Leaving Certificate, 1900
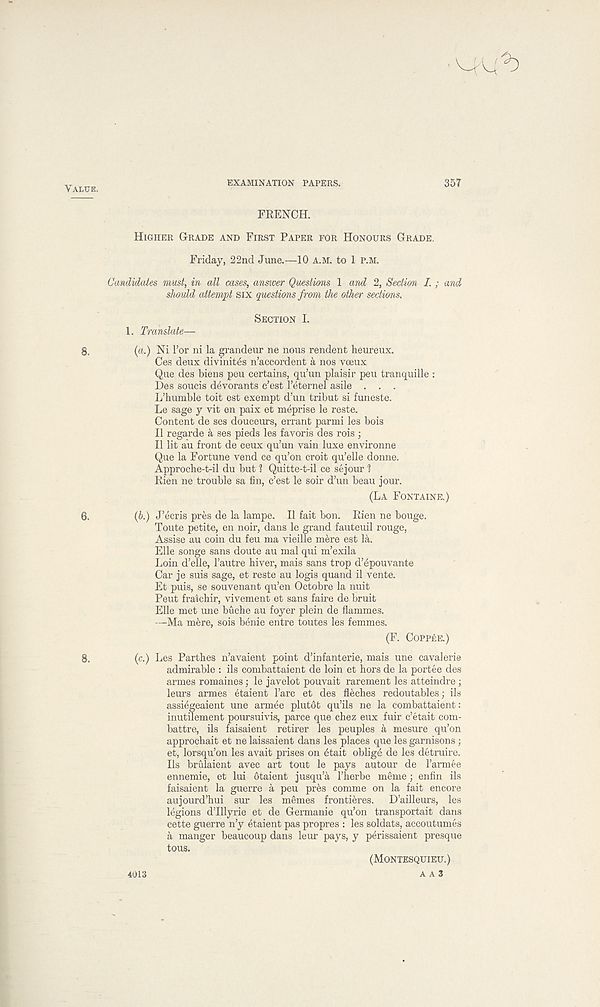
EXAMINATION PAPERS.
357
FRENCH.
HIGHER GRADE AND FIRST PAPER FOR HONOURS GRADE.
Friday, 22nd June.—10 A.M. to 1 P.M.
Candidates must, in all cases, answer Questions 1 and 2, Section I. ; and
should attempt six questions from the other sections.
SECTION I.
1. Translate—
8.
{a.) Ni Tor ni la grandeur ne nous rendent heureux.
Ces deux divinit^s n’aecordent a nos voeux
Que des biens peu certains, qu’un plaisir peu tranquille :
Des soucis devorants c’est I’eternel asile . . .
L’lmmble toit est exempt d’un tribut si funeste.
Le sage y vit en paix et meprise le reste.
Content de ses douceurs, errant parmi les bois
II regarde a ses pieds les favoris des rois ;
II lit au front de ceux qu’un vain luxe environne
Que la Fortune vend ce qu’on croit qu’elle donne.
Approche-t-il du but ? Quitte-t-il ce sejour 1
Rien ne trouble sa fin, c’est le soir d’un beau jour.
(LA FONTAINE.)
6.
(b.) J’ecris pres de la lampe. II fait bon. Rien ne bouge.
Toute petite, en noir, dans le grand fauteuil rouge,
Assise au coin du feu ma vieille mere est la.
Elle songe sans doute au mal qui m’exila
Loin d’elle, 1’autre hiver, mais sans trop d’epouvante
Car je suis sage, et reste au logis quand il vente.
Et puis, se souvenant qu’en Octobre la nuit
Pent fraichir, vivement et sans faire de bruit
Elle met une buche au foyer plein de flammes.
—Ma mere, sois benie entre toutes les femmes.
(F. COPPKE.)
8.
(c.) Les Parthes n’avaient point d’infanterie, mais une cavalerie
admirable : ils combattaient de loin et hors de la portee des
armes romaines; le javelot pouvait rarement les atteindre ;
leurs armes etaient 1’arc et des fleches redoutables; ils
assiegeaient une armee plut6t qu’ils ne la combattaient:
inutilement poursuivis, parce que chez eux fuir e’etait com-
battre, ils faisaient retirer les peuples a mesure qu’on
approchait et ne laissaient dans les places que les garnisons;
et, lorsqu’on les avait prises on 6tait oblige de les detruire.
Ils brulaient avec art tout le pays autour de I’armee
ennemie, et lui btaient jusqu’a 1’herbe meme; enfin ils
faisaient la guerre a peu pres comme on la fait encore
aujourd’hui sur les memes frontieres. D’ailleurs, les
legions d’lllyrie et de Germanic qu’on transportait dans
cette guerre n’y etaient pas propres : les soldats, accoutumes
a manger beaucoup dans leur pays, y perissaient presque
tous.
(MONTESQUIEU.)
A A 3
4013